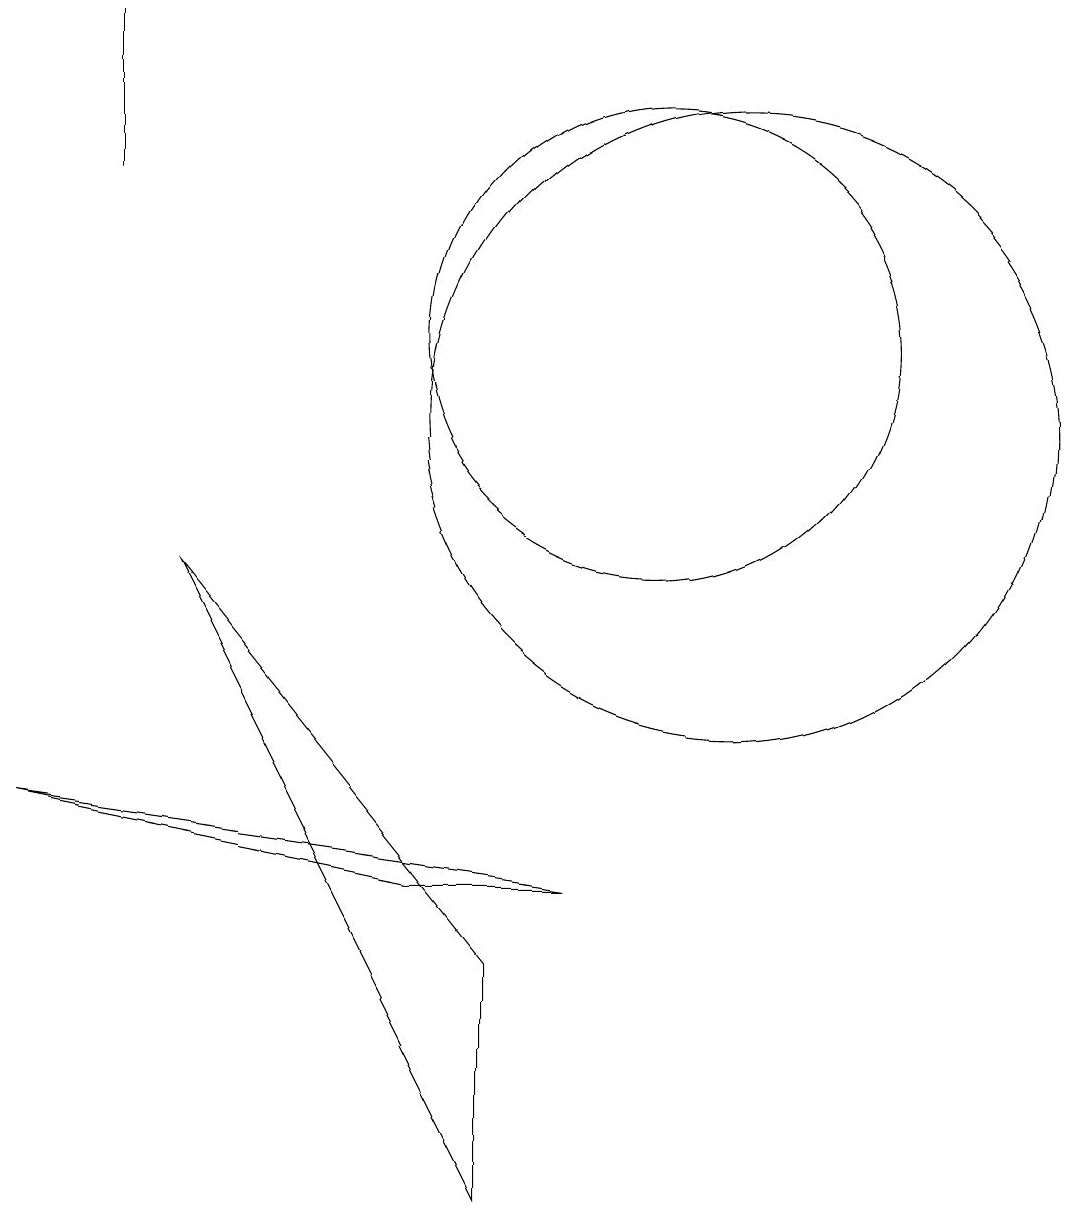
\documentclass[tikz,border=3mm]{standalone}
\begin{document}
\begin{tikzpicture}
\draw (3,16) rectangle (3,14);
\draw (8,4) -- (8,1) -- (4,9) -- cycle;
\draw (11,10) circle (0);
\draw (6,16) rectangle (6,16);
\draw (7,5) -- (2,6) -- (9,5) -- cycle;
\draw (11,11) circle (4);
\draw (10,12) circle (3);
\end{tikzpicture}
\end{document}